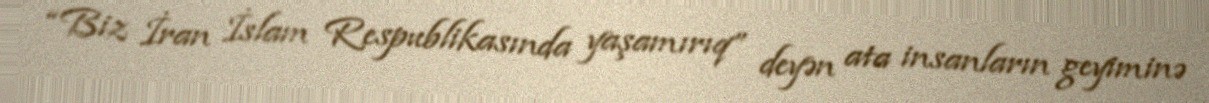
“Biz İran İslam Respublikasında yaşamırıq” deyən ata insanların geyiminə